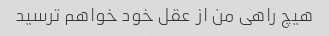
هیچ راهی من از عقل خود خواهم ترسید